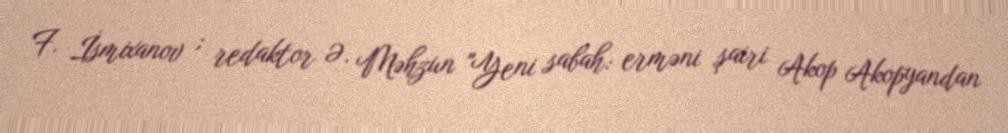
F. İsmixanov ; redaktor Ə. Məhzun "Yeni sabah: erməni şairi Akop Akopyandan